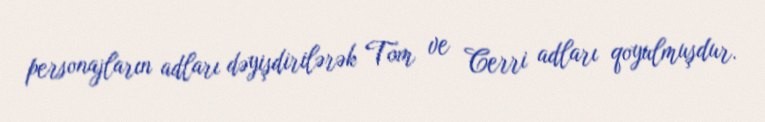
personajların adları dəyişdirilərək Tom ve Cerri adları qoyulmuşdur.